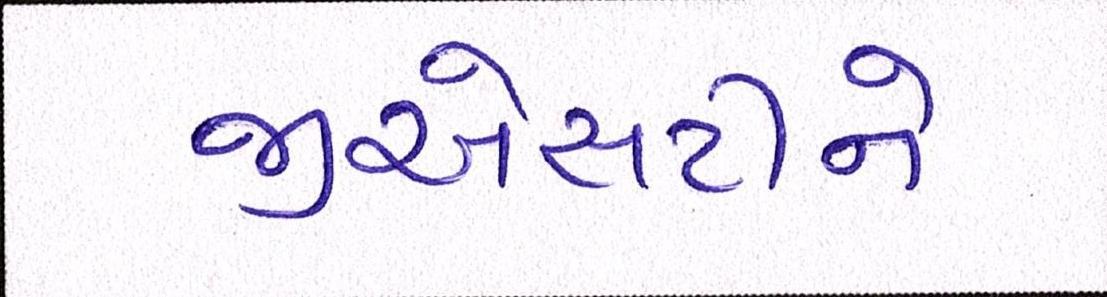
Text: જીએસટીને